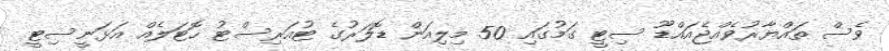
ވެސް ތައްޔާރުވެއްޖެއައްޑޫ ސިޓީ ގަމުގައި 50 މިލިއަން ޑޮލަރުގެ ޓުއަރިސްޓު ހޮޓަލެއް އަޅަނީސިޓީ